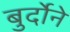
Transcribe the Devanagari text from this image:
बुर्दोने